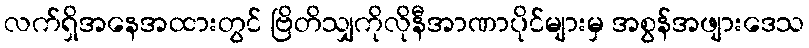
လက်ရှိအနေအထားတွင် ဗြိတိသျှကိုလိုနီအာဏာပိုင်များမှ အစွန်အဖျားဒေသ